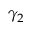
\gamma _ { 2 }